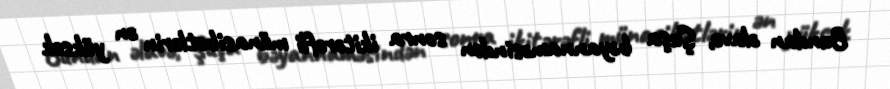
Bundan əlavə, Şuşa bəyannaməsindən sonra ikitərəfli münasibətlərin ən yüksək